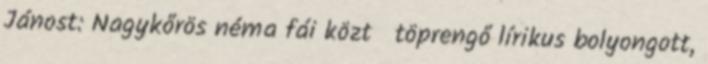
Jánost: Nagykőrös néma fái közt töprengő lírikus bolyongott,